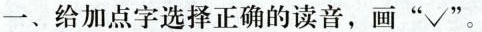
一、给加点字选择正确的读音，画”√"。